Triigi,_Aleksandri_(Koue)_vallakohus, lk 11
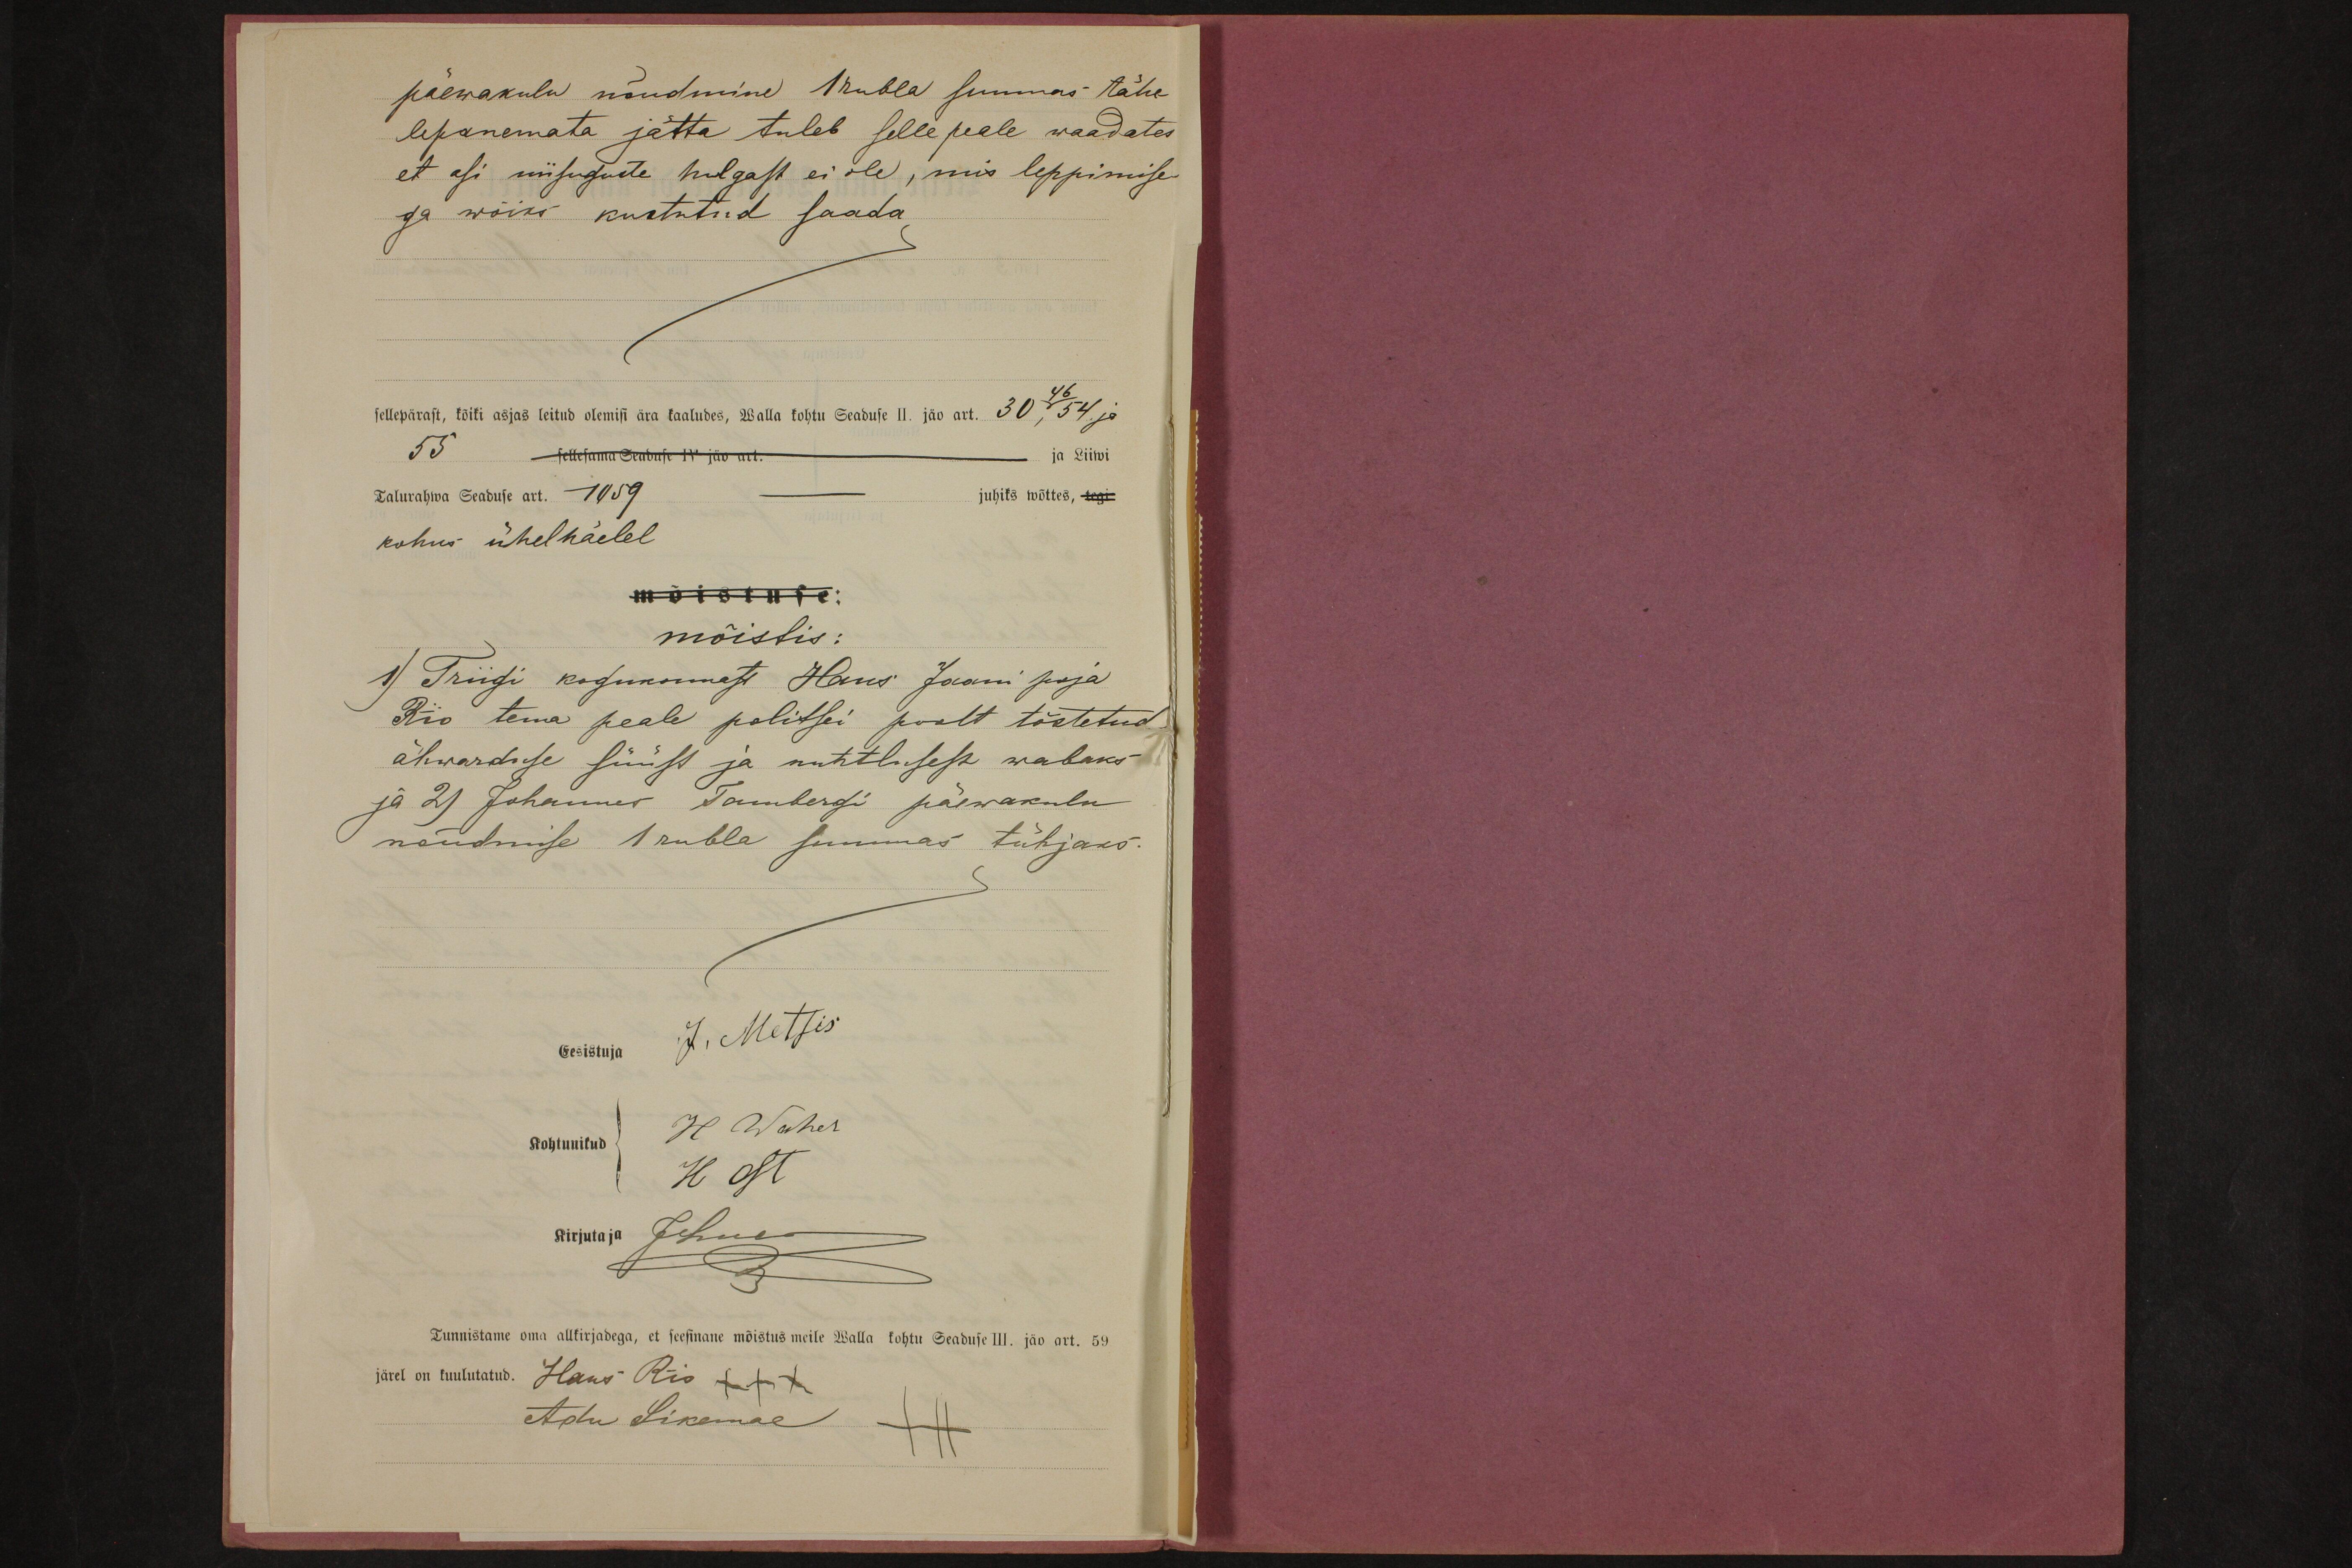
päewakulu nõudmine 1 rubla summas tähe-
lepanemata jätta tuleb selle peale waadates
et asi niisuguste hulgast ei ole, mis leppimise
ga wõiks kustutud saada
sellepärast, kõiki asjas leitud olemisi ära kaaludes, Walla kohtu Seaduse II. jäo art. 30, 46,54. ja
Talurahwa Seaduse art. 1059 - juhiks wõttes,
55 sellesama Seaduse IV jäo art. ja Liiwi
kohus ühelhäelel
mõistis:
1) Triigi kogukonnast Hans Jaani poja
Rio tema peale politsei poolt tõstetud
ähwarduse süüst ja nuhtlusest wabaks
ja 2) Johannes Tambergi päewakulu
nõudmise 1 rubla summas tühjaks.
Eesistuja J. Metsis
H Waher
Kohtunikud
H Ost
Kirjutaja JoLuck
Tunnistame oma allkirjadega, et seesinane mõistus meile Walla kohtu Seaduse III. jäo art. 59
järel on kuulutatud. Hans Rio +++
Adu Sikemae +++